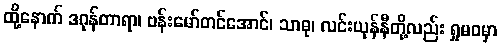
ထို့နောက် ဒဂုန်တာရာ၊ ဗန်းမော်တင်အောင်၊ သာဓု၊ လင်းယုန်နီတို့လည်း ရှုမဝမှာ